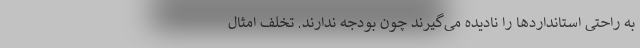
به راحتی استانداردها را نادیده می‌گیرند چون بودجه ندارند. تخلف امثال